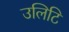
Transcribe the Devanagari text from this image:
उलिटि